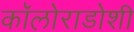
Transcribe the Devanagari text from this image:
कॉलोराडोशी